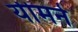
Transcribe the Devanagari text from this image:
यीमने